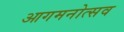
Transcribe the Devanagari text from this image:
आगमनोत्सव